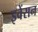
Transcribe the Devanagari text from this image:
इवेंसन